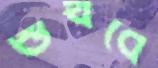
শুখবে